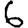
Digit: 6